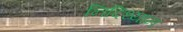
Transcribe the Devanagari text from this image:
निदिध्यान